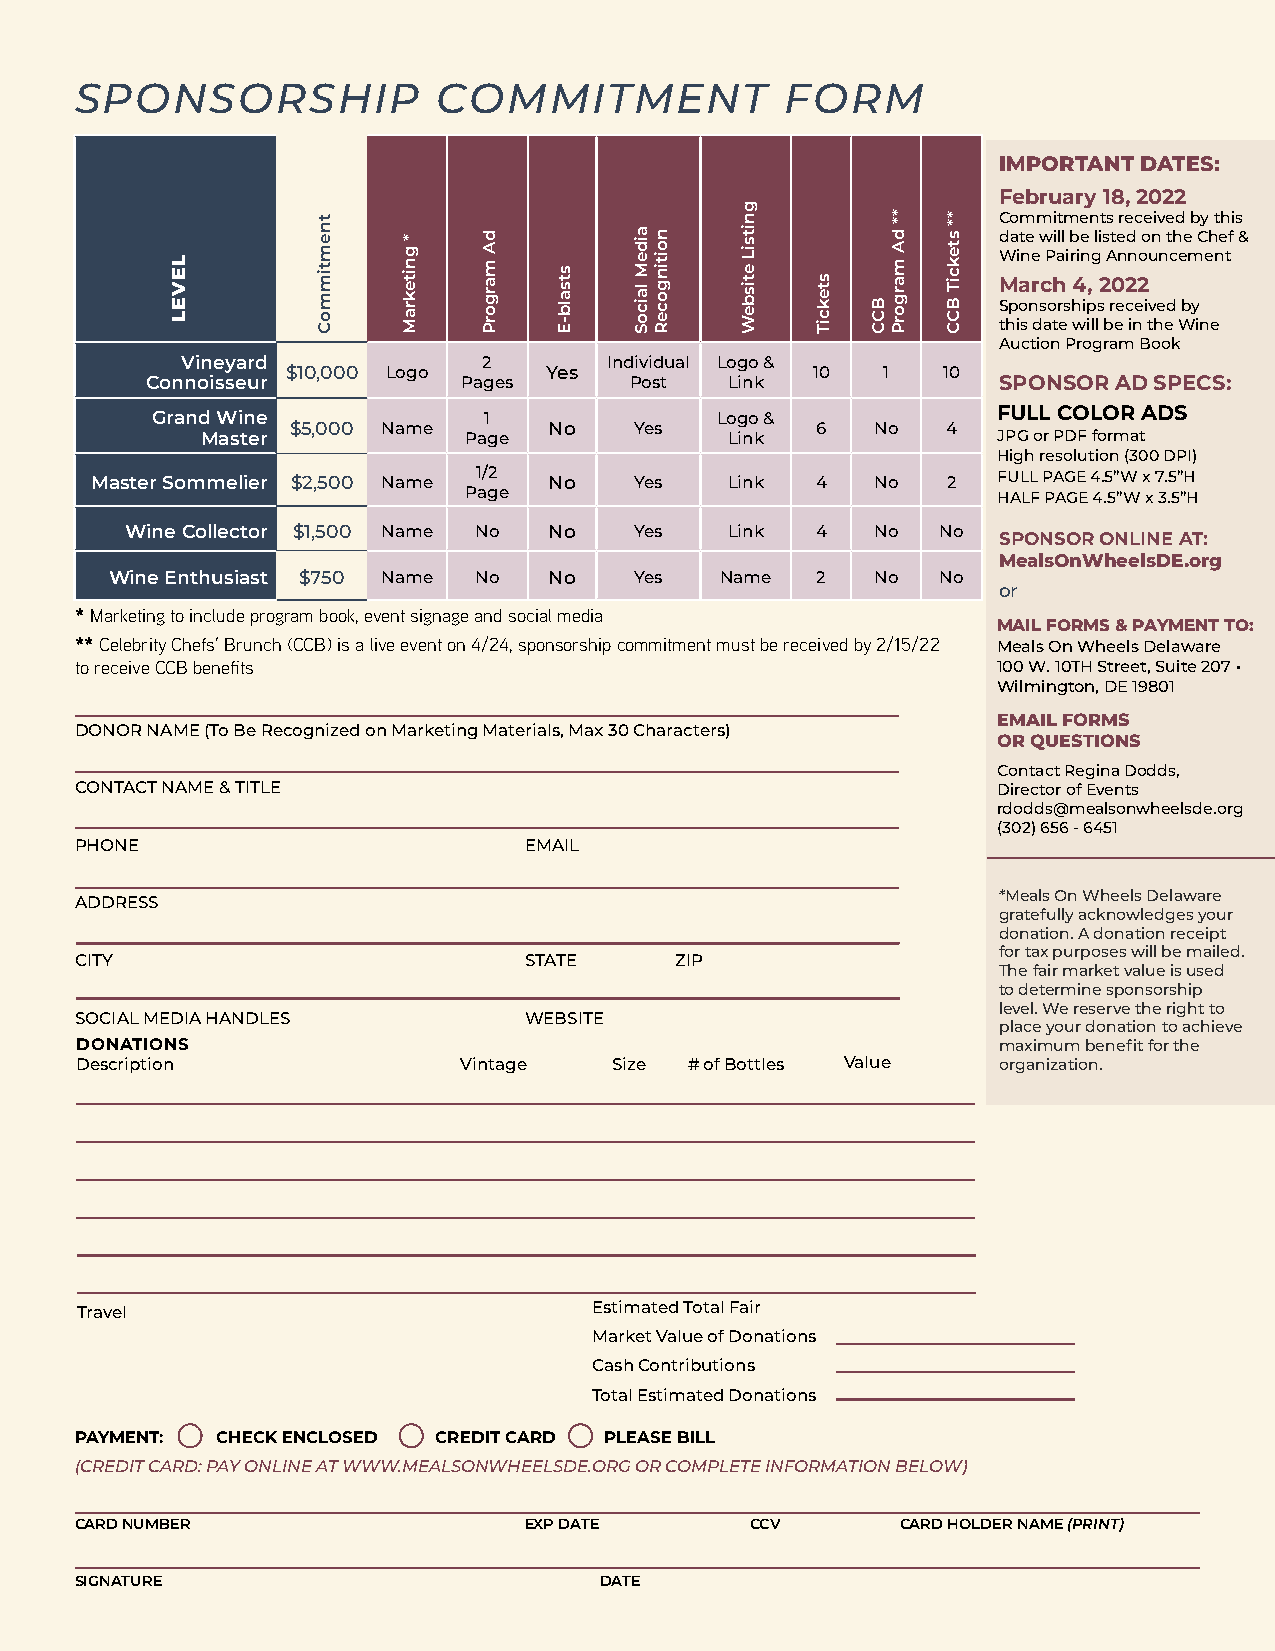
SPONSORSHIP             COMMITMENT             FORM
 IMPORTANT DATES:
 February 18, 2022
 Commitments received by this
 date will be listed on the Chef &
 Wine Pairing Announcement
 March 4, 2022
 Sponsorships received by
 this date will be in the Wine
 Auction Program Book
 Vineyard            2       Individual Logo &
 $10,000 Logo     Yes               10  1   10
 Connoisseur          Pages      Post  Link              SPONSOR AD SPECS:
 Grand Wine            1              Logo &             FULL COLOR ADS
 $5,000 Name      No    Yes         6   No   4
 Master            Page             Link              JPG or PDF format
 High resolution (300 DPI)
 Master Sommelier $2,500 Name 1/2 No Yes   Link  4   No   2  FULL PAGE 4.5”W x 7.5”H
 Page                               HALF PAGE 4.5”W x 3.5”H
 Wine Collector $1,500 Name No No  Yes   Link  4   No  No
 SPONSOR ONLINE AT:
 MealsOnWheelsDE.org
 Wine Enthusiast $750 Name No No    Yes   Name  2   No  No
 or
 * Marketing to include program book, event signage and social media
 MAIL FORMS & PAYMENT TO:
 ** Celebrity Chefs’ Brunch (CCB) is a live event on 4/24, sponsorship commitment must be received by 2/15/22 Meals On Wheels Delaware
 to receive CCB benefits                                      100 W. 10TH Street, Suite 207 •
 Wilmington, DE 19801
 EMAIL FORMS
 DONOR NAME (To Be Recognized on Marketing Materials, Max 30 Characters)
 OR QUESTIONS
 Contact Regina Dodds,
 CONTACT NAME & TITLE                                         Director of Events
 rdodds@mealsonwheelsde.org
 (302) 656 - 6451
 PHONE                         EMAIL
 *Meals On Wheels Delaware
 ADDRESS
 gratefully acknowledges your
 donation. A donation receipt
 for tax purposes will be mailed.
 CITY                          STATE     ZIP
 The fair market value is used
 to determine sponsorship
 level. We reserve the right to
 SOCIAL MEDIA HANDLES          WEBSITE
 place your donation to achieve
 DONATIONS                                                    maximum benefit for the
 Description              Vintage    Size # of Bottles Value  organization.
 Travel                            Estimated Total Fair
 Market Value of Donations
 Cash Contributions
 Total Estimated Donations
 PAYMENT: CHECK ENCLOSED CREDIT CARD PLEASE BILL
 (CREDIT CARD: PAY ONLINE AT WWW.MEALSONWHEELSDE.ORG OR COMPLETE INFORMATION BELOW)
 CARD NUMBER                   EXP DATE       CCV       CARD HOLDER NAME (PRINT)
 SIGNATURE                          DATE
 LEVEL
 tnemtimmoC
 *
 gnitekraM
 dA
 margorP stsalb-E
 aideM
 laicoS
 noitingoceR
 gnitsiL
 etisbeW
 stekciT
 BCC
 **
 dA
 margorP
 **
 stekciT
 BCC